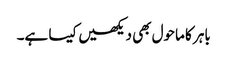
باہر کا ماحول بھی دیکھیں کیسا ہے۔